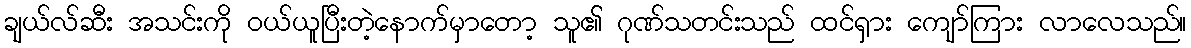
ချယ်လ်ဆီး အသင်းကို ဝယ်ယူပြီးတဲ့နောက်မှာတော့ သူ၏ ဂုဏ်သတင်းသည် ထင်ရှား ကျော်ကြား လာလေသည်။